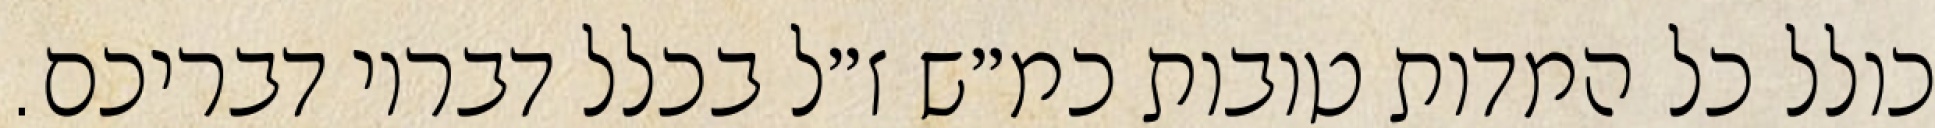
כולל כל המדות טובות כמ״ש ז״ל בכלל דבריו דבריכם.